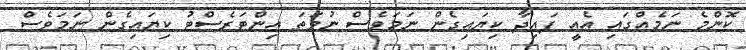
ކޮންމެ ނަމެއްގައި އެއީ ފައިދާ ކިޔައިގެން ނަމަވެސް ނުވަތަ އިންޓަރެސްޓު ކިޔައިގެން ނަމަވެސް